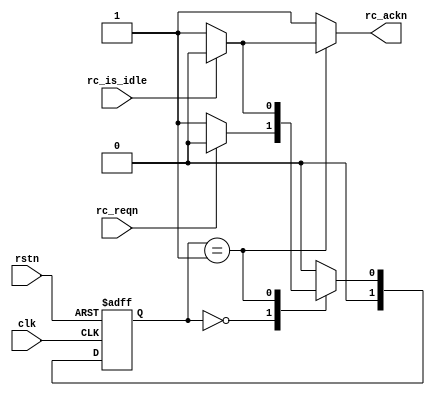
module intern_sync
(
	input       clk       ,
	input       rstn      ,

	//-- to/from core----
	input       rc_is_idle,

	//-- to/from reconfiguration controller----
	input       rc_reqn,
	output reg  rc_ackn
);

//-------------------------------------------------------------------
// Signal Declaration
//-------------------------------------------------------------------

	/* reconfiguration fsm */
	reg [1:0] state_c, state_n;

//-------------------------------------------------------------------
// RC FSM - reconfiguration add-on: decide a safe state
//-------------------------------------------------------------------

	localparam [1:0]
		RC_Idle    = 4'd0,
		RC_ReqAck  = 4'd1;

	always @(posedge clk or negedge rstn) begin
		if (~rstn)
			state_c <= RC_Idle;
		else
			state_c <= state_n;
	end

	always @(*) begin
		{rc_ackn} = {1'b1};

		/*
			mealy fsm:

				the ack must rise at the same clock when is_idle comes in
				so that the static part can assert reset at the next cycle
				when the prm is (potentially) just about to leave the idle state

			timing diagram:

				reqn    => -1- _0_ _0_ _0_ -1- -1-
				is_idle <= -1- -1- -1- _0_ -1- -1-
				ackn    <= -1- -1- -1- _0_ -1- -1-
				restn   => -1- -1- -1- -1- _0_ _0_

				clk edge  |   |   |   |   |   |

		*/
		case (state_c)
			RC_Idle: begin state_n = (~rc_reqn)? RC_ReqAck:RC_Idle; end
			RC_ReqAck:begin
				if(rc_is_idle) begin
					state_n = RC_Idle;
					rc_ackn = 1'b0;
				end else begin
					state_n = RC_ReqAck;
				end
			end
			default: begin state_n = RC_Idle; end
		endcase
	end

endmodule